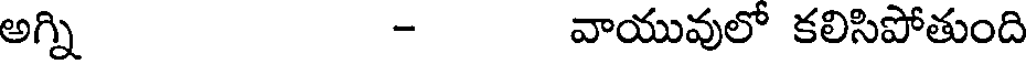
అగ్ని - వాయువులో కలిసిపోతుంది